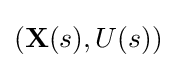
(\mathbf {X} (s),U(s))